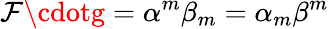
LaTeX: \mathcal{F}\cdotg=\alpha^{m}\beta_{m}=\alpha_{m}\beta^{m}